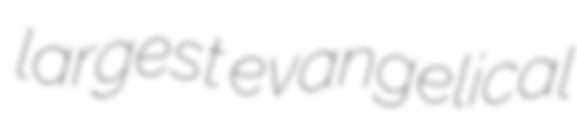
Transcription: largest evangelical